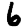
Digit: 6